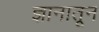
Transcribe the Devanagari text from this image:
ज्ञानातून